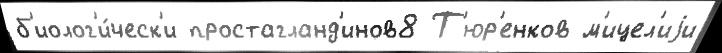
б'иолог'и́ческ'и простагланд'инов8 Т'юр'енков м'ицел'иjи